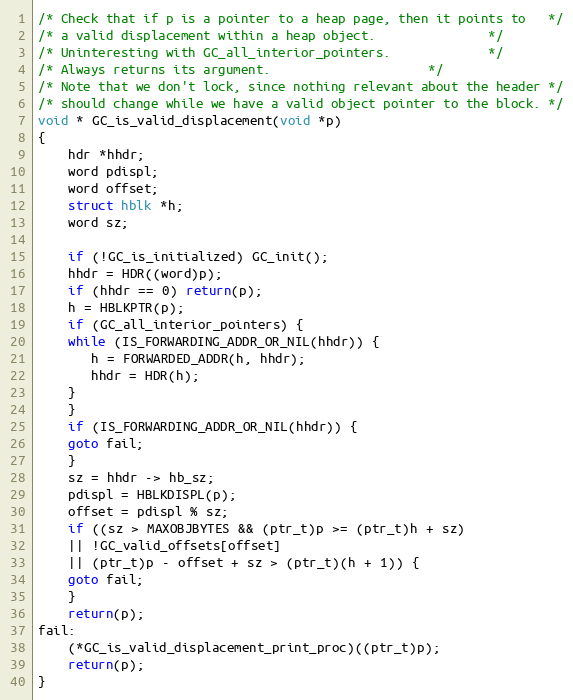
Language: C
/* Check that if p is a pointer to a heap page, then it points to	*/
/* a valid displacement within a heap object.				*/
/* Uninteresting with GC_all_interior_pointers.				*/
/* Always returns its argument.						*/
/* Note that we don't lock, since nothing relevant about the header	*/
/* should change while we have a valid object pointer to the block.	*/
void * GC_is_valid_displacement(void *p)
{
    hdr *hhdr;
    word pdispl;
    word offset;
    struct hblk *h;
    word sz;

    if (!GC_is_initialized) GC_init();
    hhdr = HDR((word)p);
    if (hhdr == 0) return(p);
    h = HBLKPTR(p);
    if (GC_all_interior_pointers) {
	while (IS_FORWARDING_ADDR_OR_NIL(hhdr)) {
	   h = FORWARDED_ADDR(h, hhdr);
	   hhdr = HDR(h);
	}
    }
    if (IS_FORWARDING_ADDR_OR_NIL(hhdr)) {
	goto fail;
    }
    sz = hhdr -> hb_sz;
    pdispl = HBLKDISPL(p);
    offset = pdispl % sz;
    if ((sz > MAXOBJBYTES && (ptr_t)p >= (ptr_t)h + sz)
	|| !GC_valid_offsets[offset]
	|| (ptr_t)p - offset + sz > (ptr_t)(h + 1)) {
	goto fail;
    }
    return(p);
fail:
    (*GC_is_valid_displacement_print_proc)((ptr_t)p);
    return(p);
}